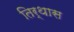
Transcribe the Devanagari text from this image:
तिर्थास